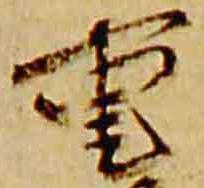
重